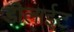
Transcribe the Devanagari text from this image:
डीलाईट